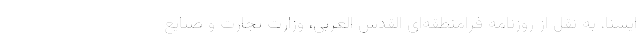
ایسنا، به نقل از روزنامه فرامنطقه‌ای القدس العربی، وزارت تجارت و صنایع